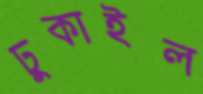
ঢুকাইল